system: You are a helpful assistant.
user:
Analyze the provided spectrum to determine if it is a **M-type Giant (gM)**.

A M-type Giant spectrum is defined by its **strong molecular absorption** features, particularly from **Titanium Oxide (TiO)**. You must check for one of the following mutually exclusive signatures:

- **Key Visual Indicators (Absorption-Dominated Spectrum):**

    - **(Primary):** The spectrum is dominated by strong molecular absorption from **Titanium Oxide (TiO)**. This is the **defining feature** of its M-type temperature class.
        - **(Key Bandheads):** Look for sharp, "saw-tooth" absorption valleys. The strongest are located near **~7050 Å**, **~6160 Å**, and **~5170 Å**.
        - **(Line Profile):** The "saw-tooth" morphology is critical: a **sharp, steep drop on the BLUE (short-wavelength) side** of the bandhead, followed by a gradual recovery (rising flux) towards the RED (long-wavelength) side.

    - **(Key Confirmation - Giant vs. Dwarf):** **ABSENCE** of strong **Calcium Hydride (CaH)** molecular bands. This is the primary diagnostic for *excluding* M-dwarfs.
        - **(Key Region):** The spectrum should lack the strong, broad absorption band seen in dwarfs between **~6800 Å and ~7000 Å**.

    - **(Secondary Confirmation - Giant):** A very strong and broad **Neutral Calcium (Ca I)** atomic absorption line.
        - **(Key Line):** Located at **~4226 Å**. In a giant (gM), this line is significantly deeper and broader than the same line in an M-dwarf (dM) due to low surface gravity.

    - **(Overall Spectrum):**
        - The continuum is **extremely red-sloping** (i.e., flux is very low in the blue and rises dramatically towards the red).
        - The entire spectrum appears "chopped up" by the deep TiO bands.

Think first, call **spectral_visualization_tool** if needed to examine features in detail, then provide your final answer. Your response must adhere to the following strict rules:
1.  **Overall Structure:** Your response must follow the format `<think>...</think> <tool_call>...</tool_call> (if a tool is used) <answer>...</answer>`.
2.  **Tool Usage Constraint:** You may only make **one** tool call per turn.
3.  **Final Answer Format:** In the `<answer>` tag, your conclusion must be inside a `\boxed{}` command (e.g., `\boxed{YES}` or `\boxed{NO}`), followed by your justification.

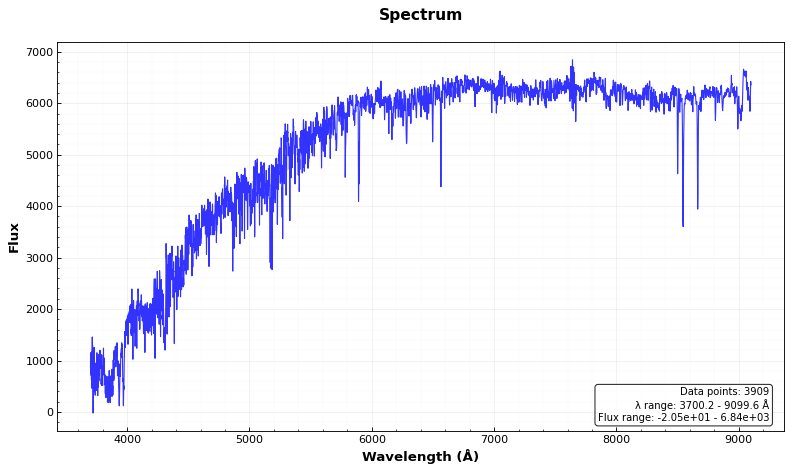
Answer: NO